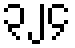
၃၂၄